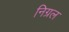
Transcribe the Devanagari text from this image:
निग्रल